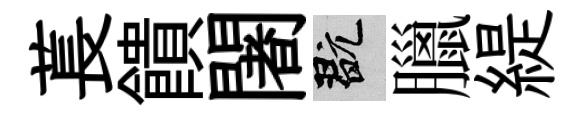
萇饋闍玩臘緹